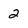
Character: 2